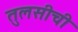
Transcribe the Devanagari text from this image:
तुलसीची